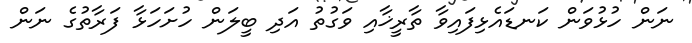
ނަން ހުޅުވަން ކަނޑައެޅިފައިވާ ތާރީޚާއި ވަގުތު އަދި ބީލަން ހުށަހަޅާ ފަރާތުގެ ނަން